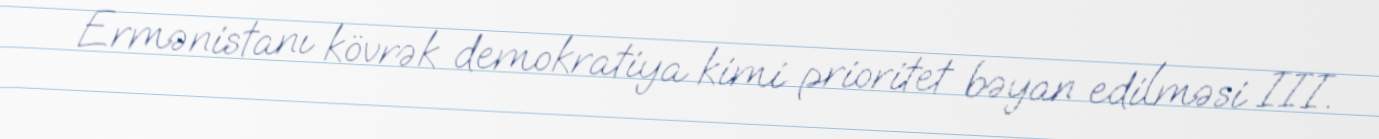
Ermənistanı kövrək demokratiya kimi prioritet bəyan edilməsi III.